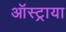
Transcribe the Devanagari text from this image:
ऑस्ट्राया